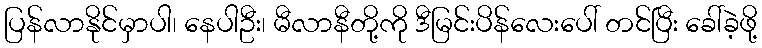
ပြန်လာနိုင်မှာပါ၊ နေပါဦး၊ မီလာနီတို့ကို ဒီမြင်းပိန်လေးပေါ် တင်ပြီး ခေါ်ခဲ့ဖို့